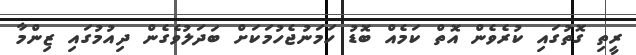
ރީތި ގޮތުގައި ކުރެވެން އޮތް ކަމެއް ބޮޑު ހަމަނުޖެހުމަކަށް ބަދަލުވެގެން ދިއުމުގައި ޒިންމާ